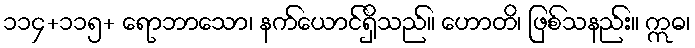
၁၁၄+၁၁၅+ ရောဘာသော၊ နက်ယောင်ရှိသည်။ ဟောတိ၊ ဖြစ်သနည်း။ ဣဓ၊